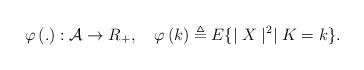
LaTeX: \begin{align*}\varphi \left( .\right) : \mathcal{A} \rightarrow R_+, ~~~ \varphi \left( k\right) \triangleq E\{ \mid X\mid^2 \mid K=k\}. \end{align*}